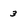
Character: 3